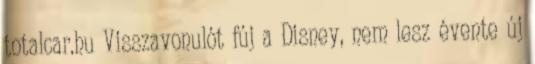
totalcar.hu Visszavonulót fúj a Disney, nem lesz évente új